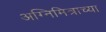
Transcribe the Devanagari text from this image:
अग्निमित्राच्या